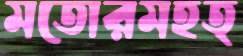
মতোরমহত্